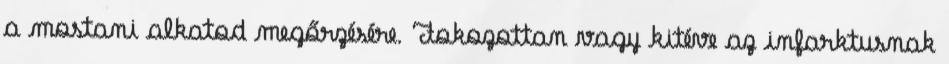
a mostani alkatod megőrzésére. Fokozottan vagy kitéve az infarktusnak